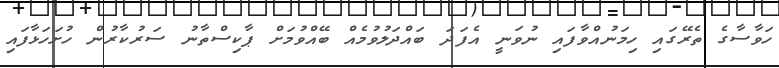
ހަވާސާގެ ތެރޭގައި ހިމަނުއްވާފައި ނުވަނީ އެފަދަ ބައްދަލުވުމެއް ބޭއްވުމަށް ޕާކިސްތާނު ސަރުކާރުން ހުށަހަޅާފައި